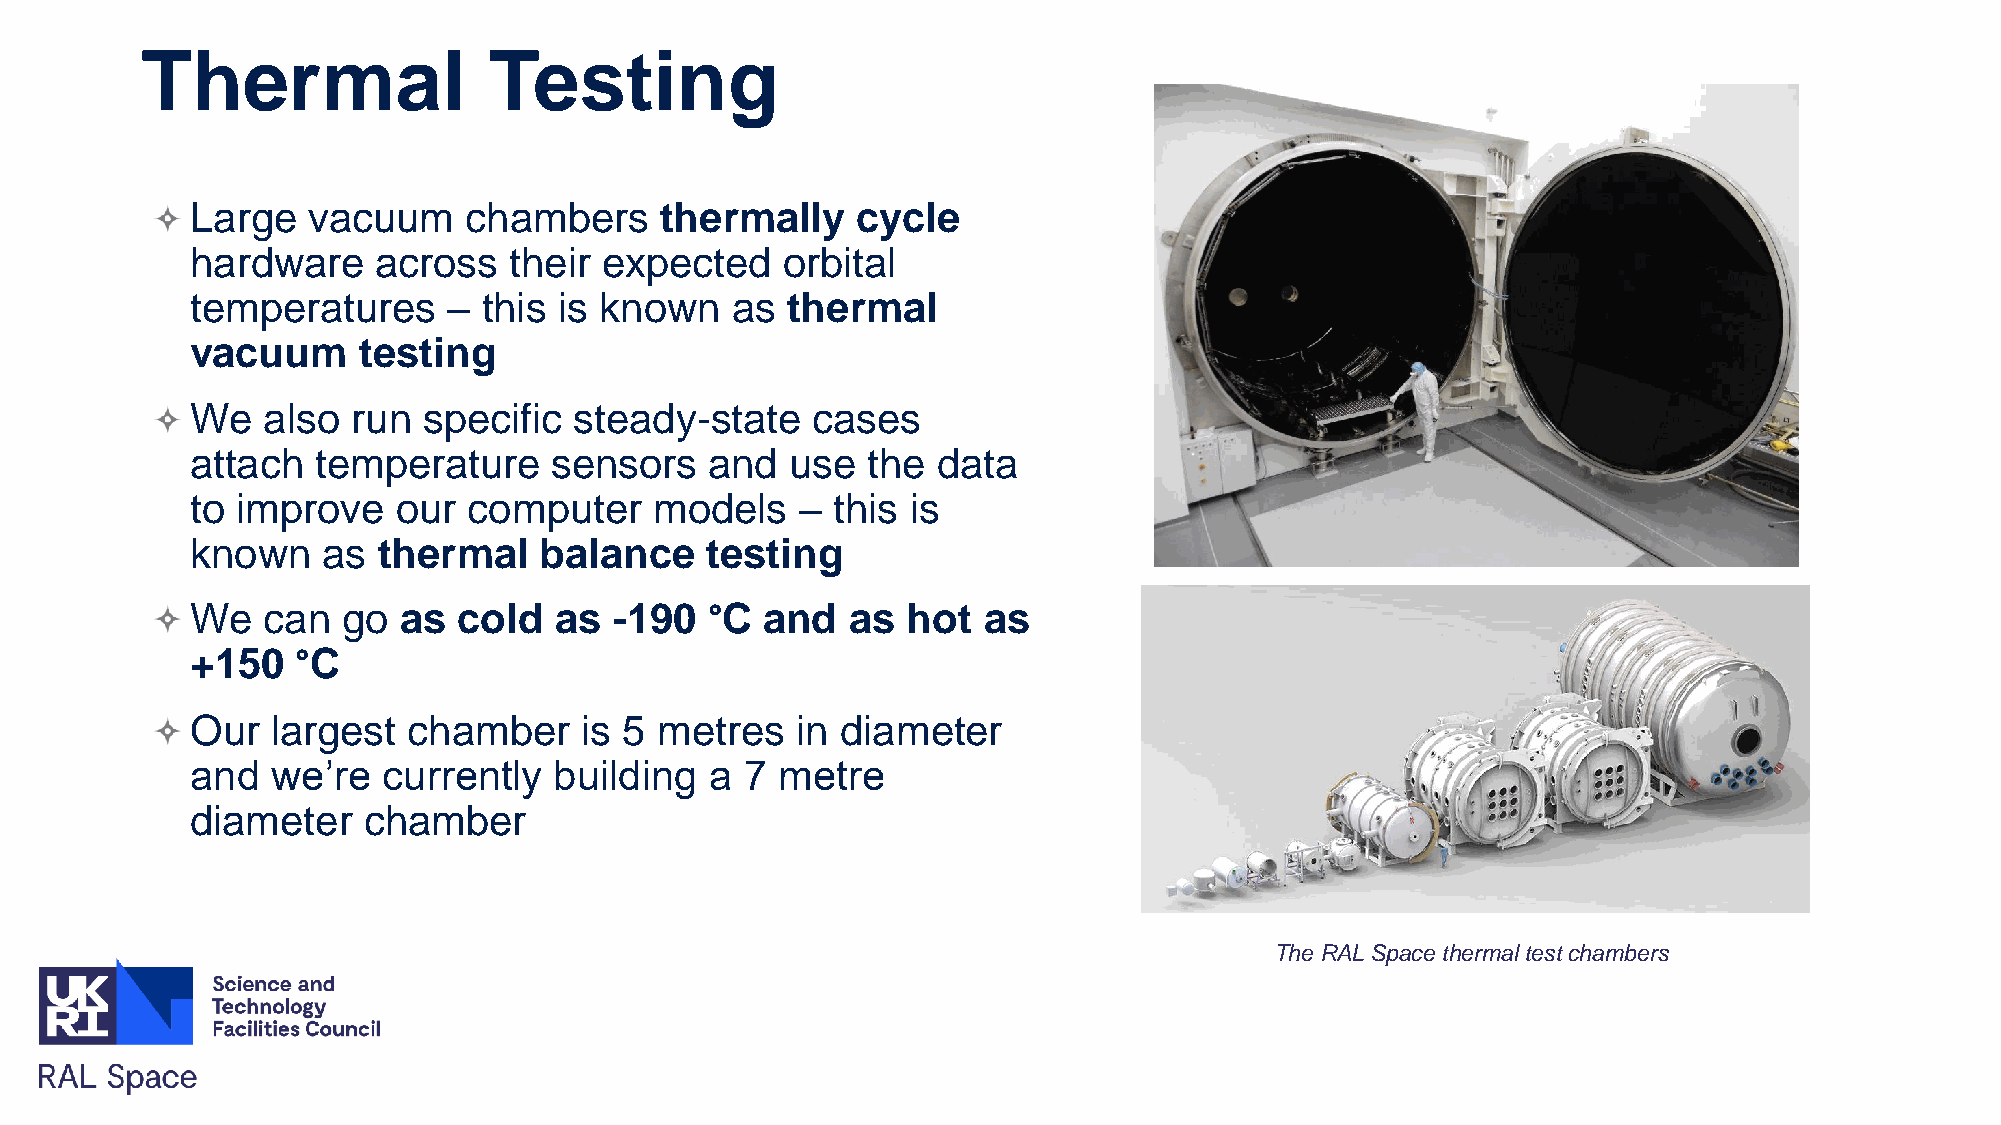
Thermal                Testing
 Large  vacuum     chambers     thermally    cycle
 hardware    across   their expected    orbital
 temperatures     – this is known   as  thermal
 vacuum     testing
 We  also  run  specific  steady-state    cases
 attach  temperature    sensors    and  use  the  data
 to improve   our  computer    models    – this is
 known   as  thermal    balance    testing
 We  can   go as  cold   as  -190  °C  and  as  hot  as
 +150   °C
 Our  largest  chamber    is 5  metres   in diameter
 and  we’re  currently   building  a 7 metre
 diameter   chamber
 The RAL Space thermal test chambers